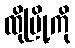
ထိုမြို့ကို